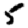
Digit: 5